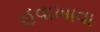
હવાખાવા